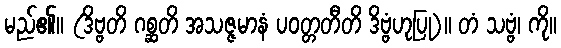
မည်၏။ (ဒိဗ္ဗတိ ဂစ္ဆတိ အသဇ္ဇမာနံ ပဝတ္တတီတိ ဒိဗ္ဗံဟုပြု)။ တံ သဗ္ဗံ၊ ကို။